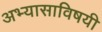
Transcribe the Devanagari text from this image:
अभ्यासाविषयी